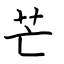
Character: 芒